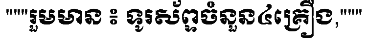
"""រួមមាន ៖ ទូរស័ព្ទចំនួន៤គ្រឿង,"""